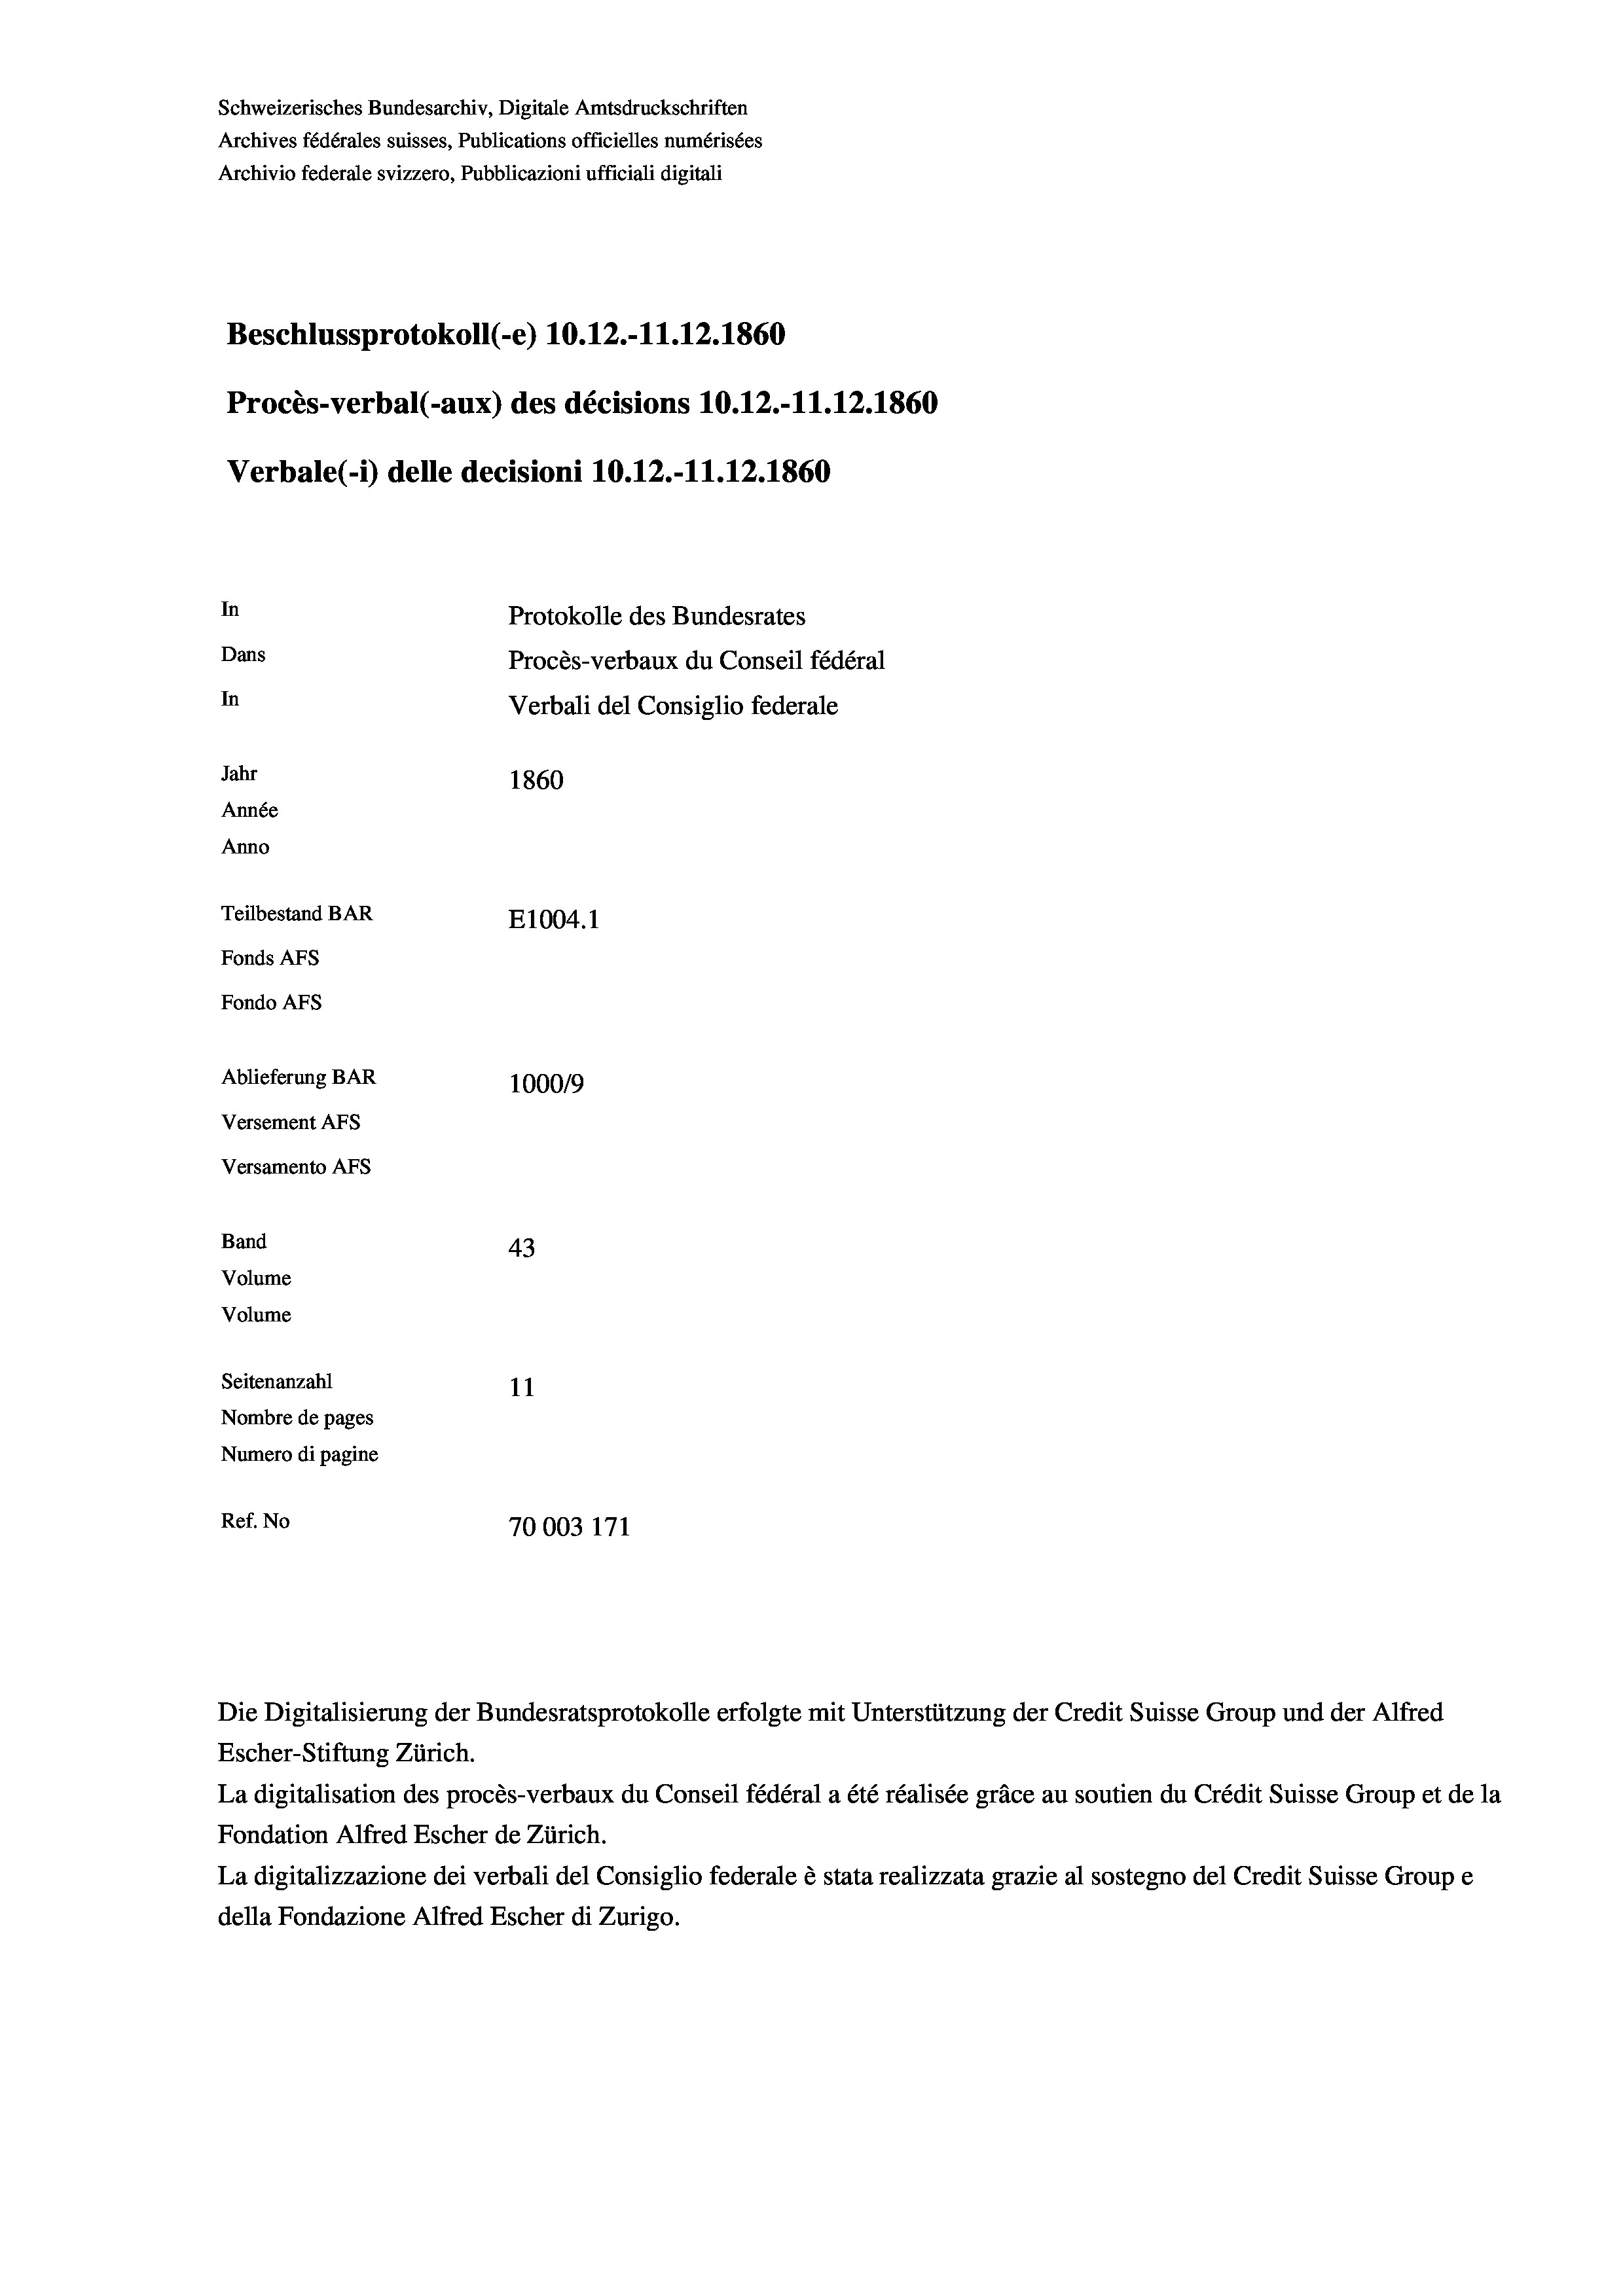
Schweizerisches Bundesarchiv, Digitale Amtsdruckschriften
Archives fédérales suisses, Publications officielles numérisées
Archivio federale svizzero, Pubblicazioni ufficiali digitali
Beschlussprotokoll (-e) 10.12.-11.12.1860
Procès-verbal (-aux) des décisions 10.12.-11.12.1860
Verbale(-*) delle decisioni 10.12.-11.12.1860
In
Protokolle des Bundesrates
Dans
Procès-verbaux du Conseil fédéral
In
Verbali del Consiglio federale
Jahr
1860
Année
Anno
Teilbestand BAR
E1004.1
Fonds AFs
Fondo AFS
Ablieferung BAR
100019
Versement AFs
Versamento AFs
Band
43
Volume
Volume
Seitenanzahl
11
Nombre de pages
Numero di pagine

Ref. No
70003 171

La digitalisation des procès-verbaux du Conseil fédéral a été réalisée gräce au soutien du Crédit Suisse Group et de la
Fondation Alfred Escher de Zürich.
La digitalizzazione dei verbali del Consiglio federale è stata realizzata grazie al sostegno del Credit Suisse Groupe
della Fondazione Alfred Escher di Zurigo.

Escher-Stiftung Zürich.

Die Digitalisierung der Bundesratsprotokolle erfolgte mit Unterstützung der Credit Suisse Group und der Alfred